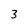
Character: 3